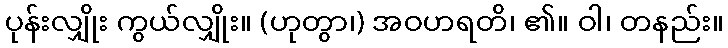
ပုန်းလျှိုး ကွယ်လျှိုး။ (ဟုတွာ၊) အဝဟရတိ၊ ၏။ ဝါ၊ တနည်း။